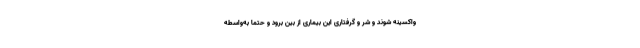
واکسینه شوند و شر و گرفتاری این بیماری از بین برود و حتماً به‌واسطه